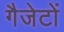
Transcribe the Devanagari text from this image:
गैजेटों